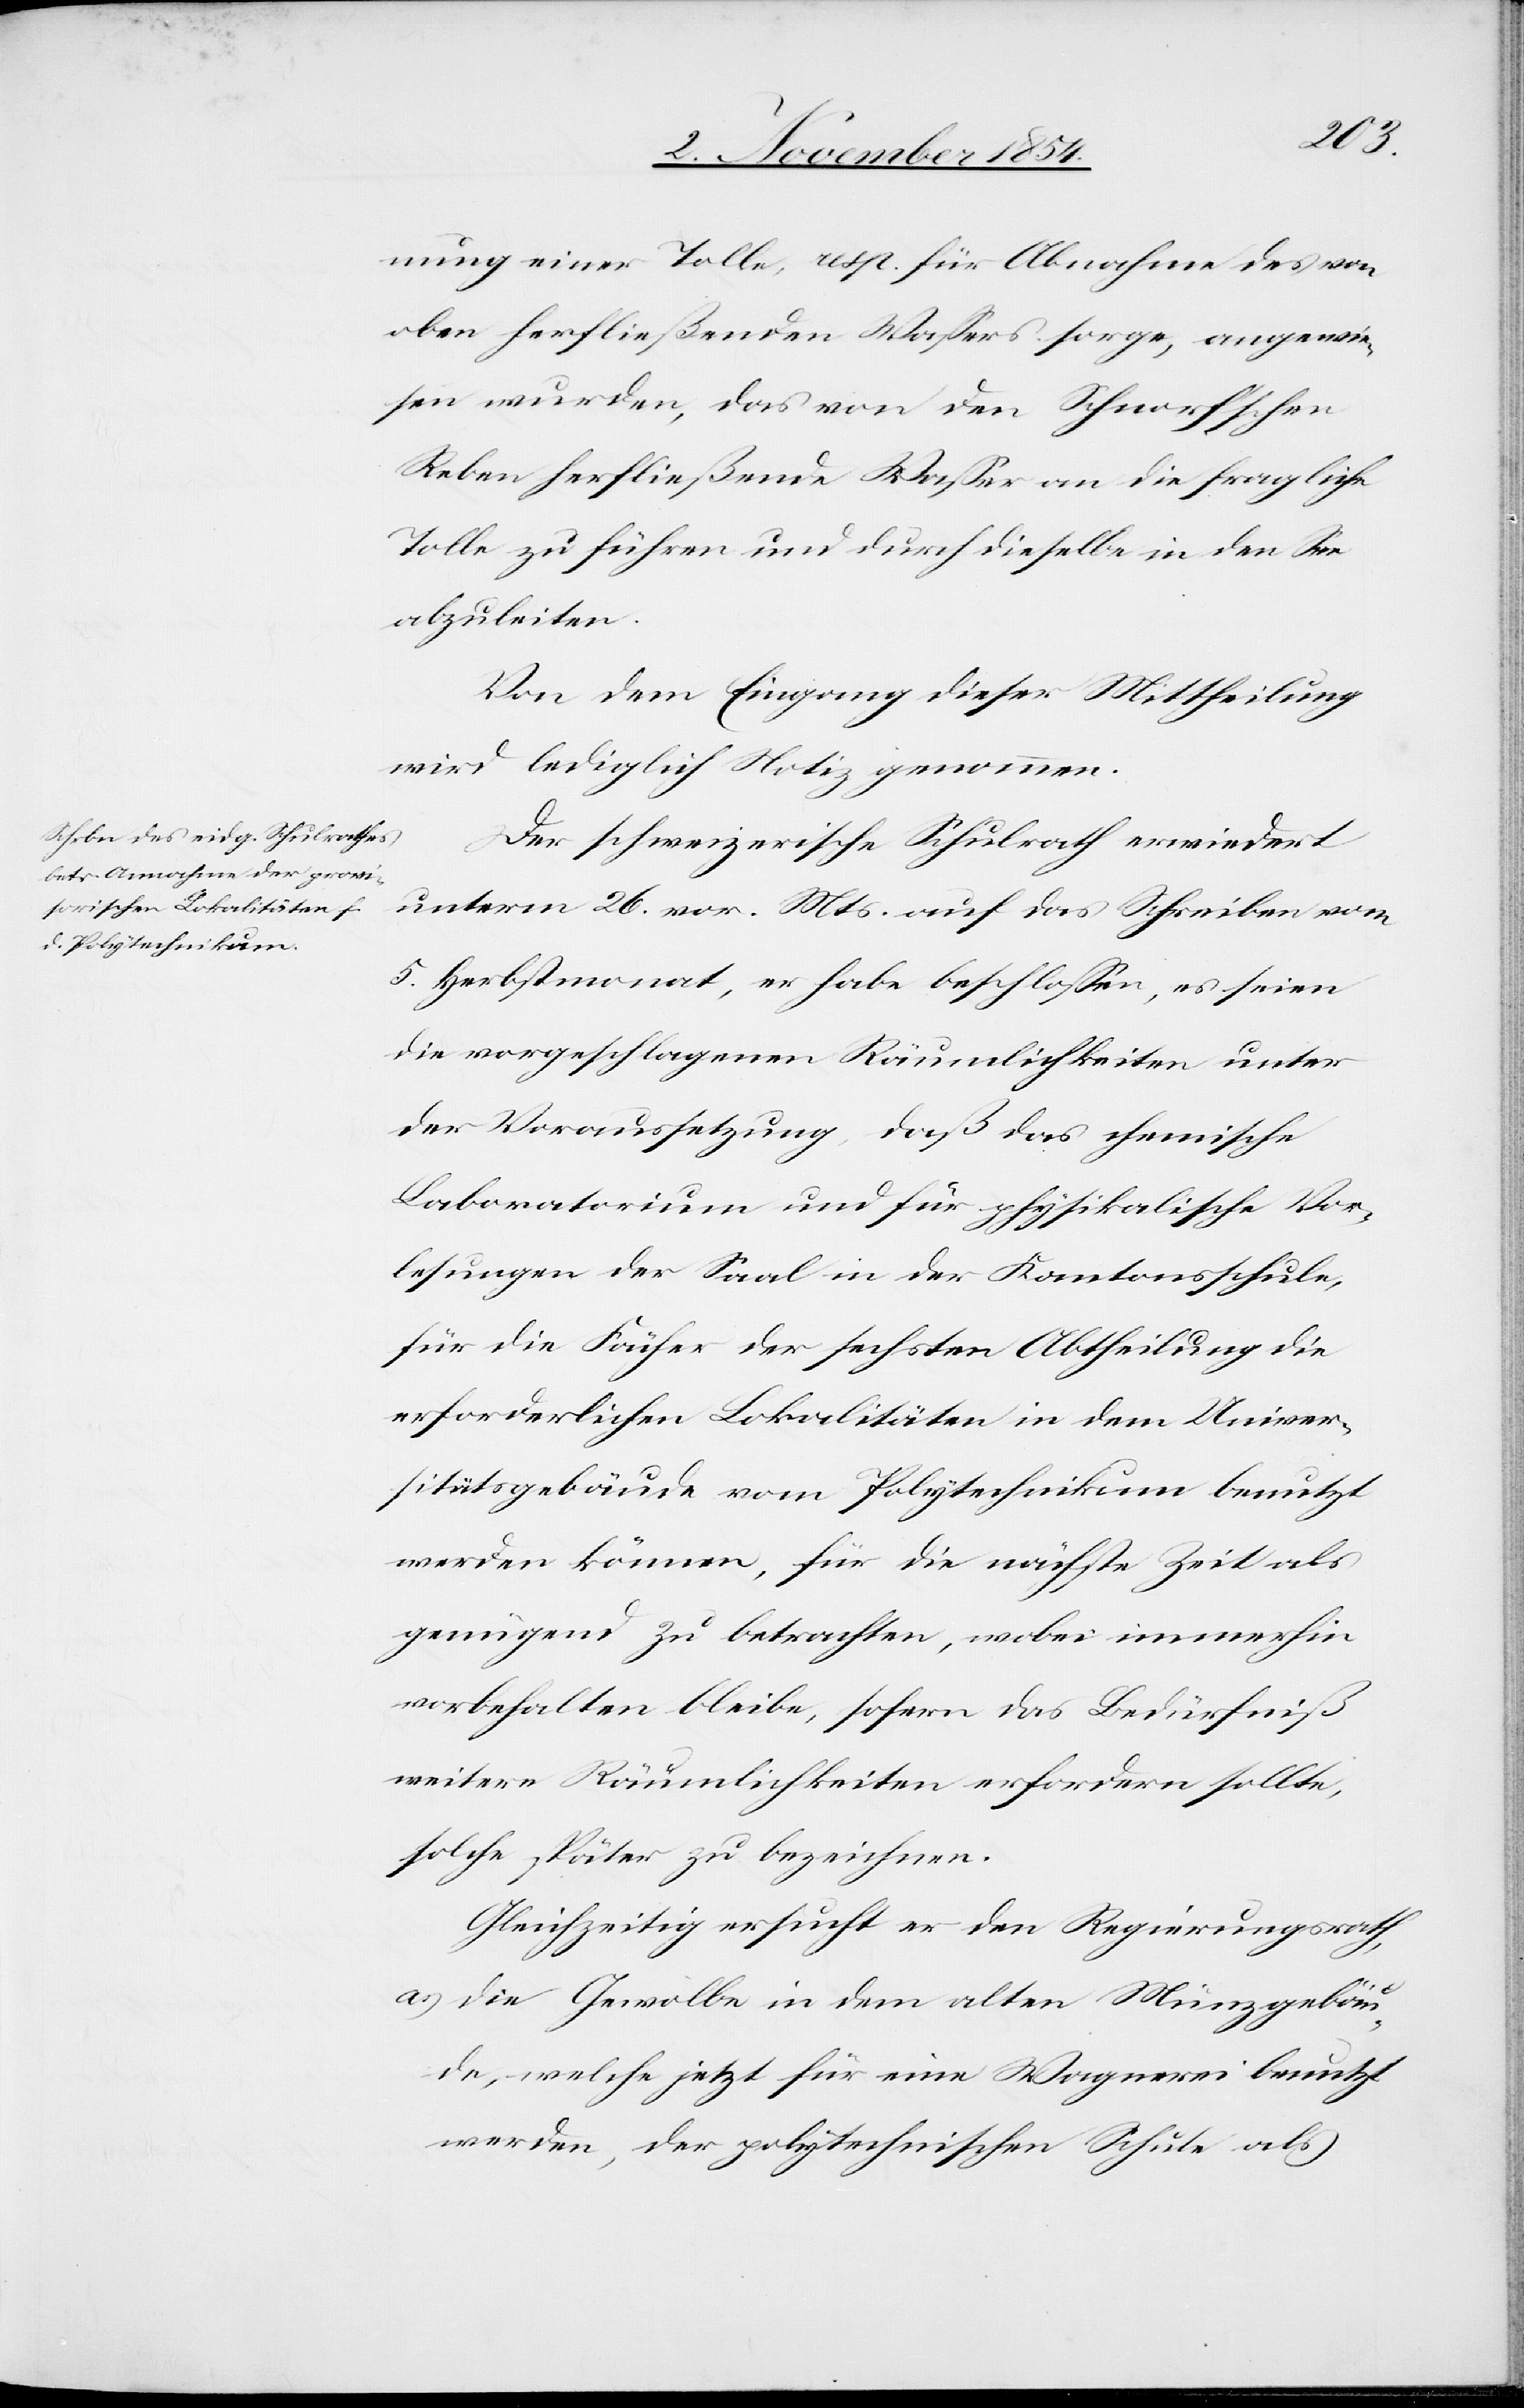
nung einer Tolle, resp. für Abnahme des von
oben herfließenden Waßers sorge, angewie¬
sen wurden, das von den Schnorf’schen
Reben herfließende Waßer an die fragliche
Tolle zu führen und durch dieselbe in den See
abzuleiten.
Von dem Eingang dieser Mittheilung
wird lediglich Notiz genommen.
Der schweizerische Schulrath erwiedert
unterm 26. vor. Mts. auf das Schreiben vom
5. Herbstmonat, er habe beschloßen, es seien
die vorgeschlagenen Räumlichkeiten unter
der Voraussetzung, daß das chemische
Laboratorium und für physikalische Vor¬
lesungen der Saal in der Kantonsschule,
für die Fächer der sechsten Abtheilung die
erforderlichen Lokalitäten in dem Univer¬
sitätsgebäude vom Polytechnikum benutzt
werden könne, für die nächste Zeit als
genügend zu betrachten, wobei immerhin
vorbehalten bleibe, sofern das Bedürfniß
weitere Räumlichkeiten erfordern sollte,
solche später zu bezeichnen.
Gleichzeitig ersucht er den Regierungsrath,
a) die Gewölbe in dem alten Münzgebäu¬
de, welche jetzt für eine Wagnerei benutzt
werden, der polytechnischen Schule als